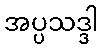
အပ္ပသဒ္ဒါ